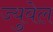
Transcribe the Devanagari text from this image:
ज्युवेल